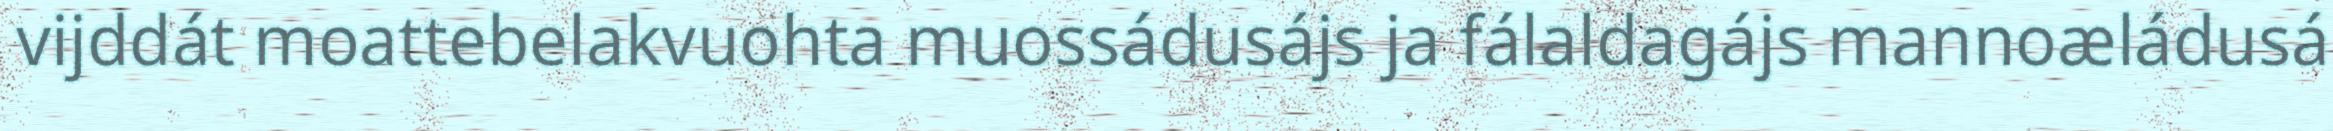
vijddát moattebelakvuohta muossádusájs ja fálaldagájs mannoæládusá